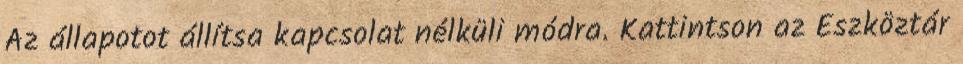
Az állapotot állítsa kapcsolat nélküli módra. Kattintson az Eszköztár